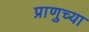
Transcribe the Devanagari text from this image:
प्राणुच्या